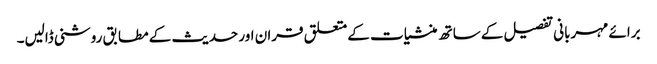
برائے مہربانی تفصیل کے ساتھ منشیات کے متعلق قران اور حدیث کے مطابق روشنی ڈالیں۔